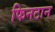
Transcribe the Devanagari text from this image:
फिनटान